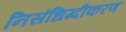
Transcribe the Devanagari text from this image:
निसंधिग्दीकरण